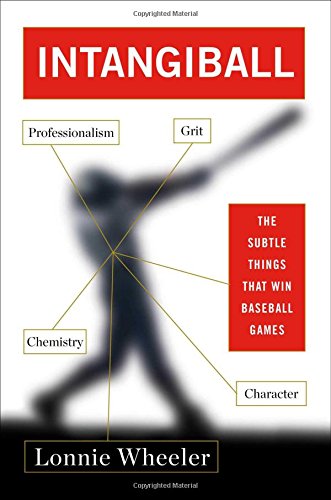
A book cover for Intangiball: The Subtle Things That Win Baseball Games; Lonnie Wheeler; Sports & Outdoors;